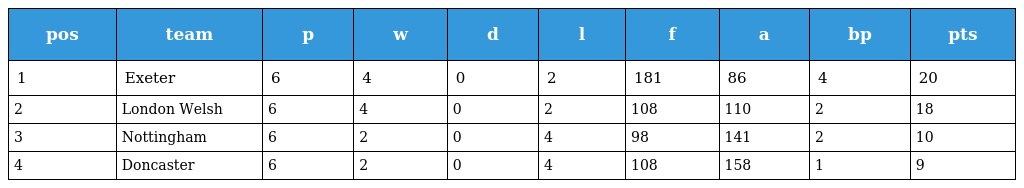
| pos | team | p | w | d | l | f | a | bp | pts |
 | --- | --- | --- | --- | --- | --- | --- | --- | --- | --- |
 | 1 | Exeter | 6 | 4 | 0 | 2 | 181 | 86 | 4 | 20 |
 | 2 | London Welsh | 6 | 4 | 0 | 2 | 108 | 110 | 2 | 18 |
 | 3 | Nottingham | 6 | 2 | 0 | 4 | 98 | 141 | 2 | 10 |
 | 4 | Doncaster | 6 | 2 | 0 | 4 | 108 | 158 | 1 | 9 |